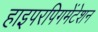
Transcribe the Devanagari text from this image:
हाइपरपिगमेंटेशन